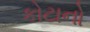
કોટાનો